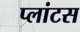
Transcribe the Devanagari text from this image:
प्लांटस